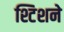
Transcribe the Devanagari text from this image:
श्टिशने